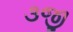
૩જી